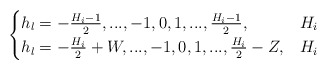
\begin{align*} \begin{cases}h_l=-\frac{H_i-1}{2},...,-1,0,1,...,\frac{H_i-1}{2},& H_i \\h_l=-\frac{H_i}{2}+W,...,-1,0,1,...,\frac{H_i}{2}-Z,& H_i \\\end{cases}\end{align*}